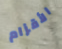
الأقزام